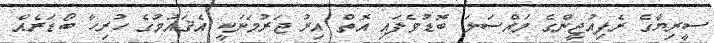
ސީރިޔާގެ ރެފިއުޖީންގެ މައްސަލަ ބޮޑުވެފައި އޮތް އިރު ޖަރުމަނަކީ އެޤައުމުގެ ހުރިހާ ބޯޑަރެއް